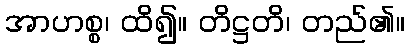
အာဟစ္စ၊ ထိ၍။ တိဋ္ဌတိ၊ တည်၏။